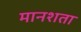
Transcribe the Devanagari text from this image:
मानशता